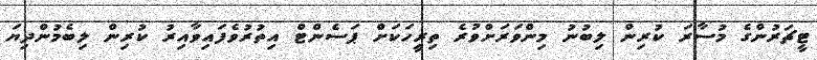
ޓީޗަރުންގެ މުސާރަ ކުރިން ލިބުނު މިންވަރަށްވުރެ ތިރީހަކަށް ޕަސެންޓް އިތުރުވެފައިވާއިރު ކުރިން ލިބެމުންދިޔަ